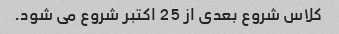
کلاس شروع بعدی از 25 اکتبر شروع می شود.